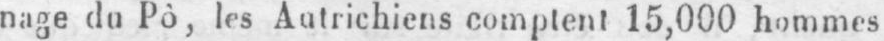
nage du Pô, les Autrichiens comptent 15,000 hommes